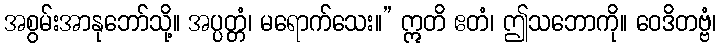
အစွမ်းအာနုဘော်သို့။ အပ္ပတ္တံ၊ မရောက်သေး။” ဣတိ ဧတံ၊ ဤသဘောကို။ ဝေဒိတဗ္ဗံ၊